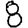
Digit: 8